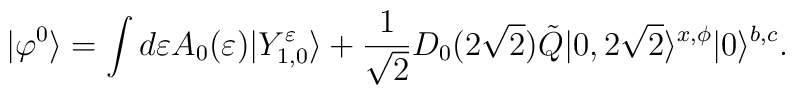
|\varphi^0 \rangle =\int d\varepsilon A_0 (\varepsilon )|Y^\varepsilon _{1,0}\rangle +\frac{1}{\sqrt{2}}D_0 (2\sqrt{2}) \tilde{Q}|0,2\sqrt{2}\rangle^{x,\phi}|0\rangle^{b,c}.